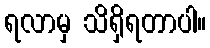
ရလာမှ သိရှိရတာပါ။